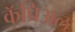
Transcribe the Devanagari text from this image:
कॅप्रिअल